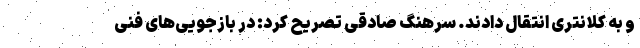
و به کلانتری انتقال دادند. سرهنگ صادقی تصریح کرد: در بازجویی‌های فنی